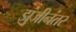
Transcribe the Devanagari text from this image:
झुंजीनंतर